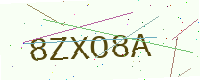
Text: 8ZXO8A